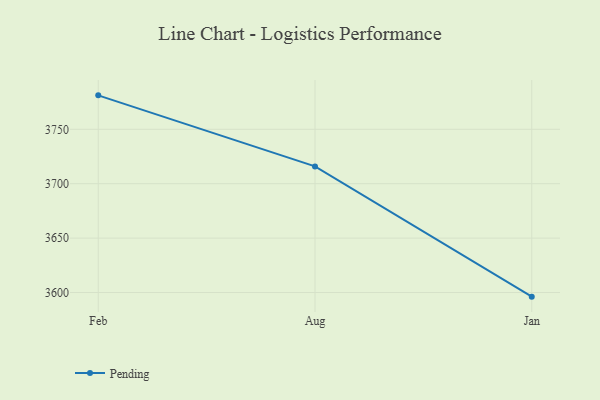
{"axis": {"x": "Month", "y": "Demand Index"}, "legend": ["Pending"], "data": [{"x": "Feb", "y": 3781.2, "type": "Pending"}, {"x": "Aug", "y": 3715.9, "type": "Pending"}, {"x": "Jan", "y": 3596.2, "type": "Pending"}]}